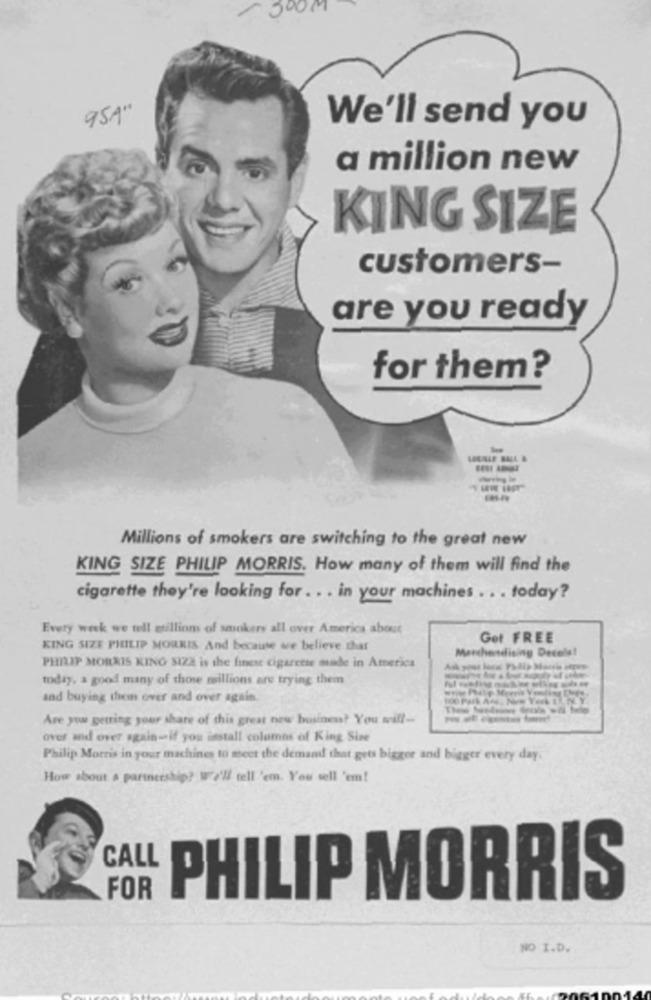
95A'
We'll send you
a million new
KING SIZE
customers-
are you ready
for them?
Millions of smokers are switching to the great new
KING SIZE PHILIP MORRIS. How many of them will find the
cigarette they're looking for . . . in your machines ... today?
Every week we tell atilliom of smokers all over America about
Get FREE
KING SIZE PHILIP MORRIS And because we believe that
Marchesdising Decels!
PHILIP MORRIS KING SIZE is the finese cigarette made in America
today, a good many of those millions are trying them
and buying them over and over again
Are you getting your share of this great new business? You will-
over and over again-if you install columns of King Size
Philip Morris in your machines to meet the demand that gets bigger and bigger every day.
How about a partnership? We'll tell 'em. You sell 'em!
CALL
FOR
PHILIP MORRIS
NO I.D.